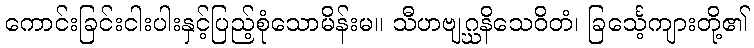
ကောင်းခြင်းငါးပါးနှင့်ပြည့်စုံသောမိန်းမ။ သီဟဗျဂ္ဃနိသေဝိတံ၊ ခြင်္သေ့ကျားတို့၏